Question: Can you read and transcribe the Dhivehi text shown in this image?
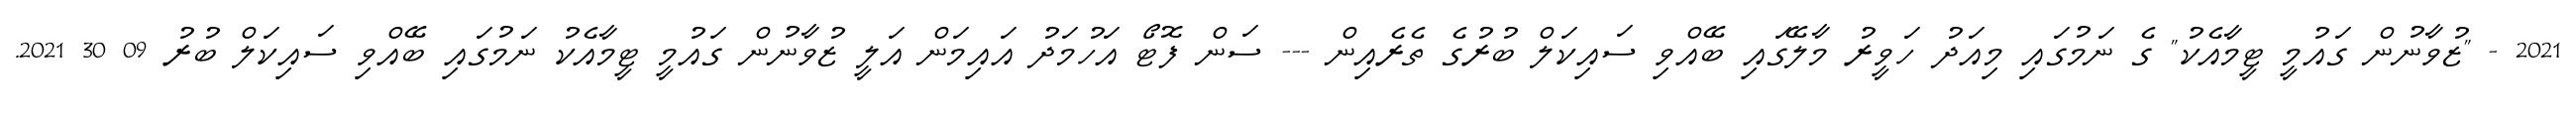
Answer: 2021 - "ޒުވާނުން ގައުމީ ޓީމާއެކު" ގެ ނަމުގައި މިއަދު ހަވީރު މާލޭގައި ބޭއްވި ސައިކަލް ބުރުގެ ތެރެއިން --- ސަން ފޮޓޯ އަހުމަދު އައިމަން އަލީ ޒުވާނުން ގައުމީ ޓީމާއެކު ނަމުގައި ބޭއްވި ސައިކަލް ބުރު 09 30 2021.